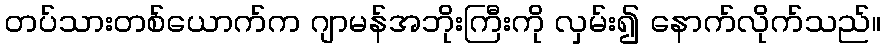
တပ်သားတစ်ယောက်က ဂျာမန်အဘိုးကြီးကို လှမ်း၍ နောက်လိုက်သည်။